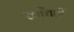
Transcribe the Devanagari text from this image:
खींचतीं